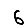
Digit: 6